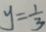
y = \frac { 1 } { 3 }